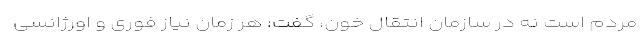
مردم است نه در سازمان انتقال خون، گفت: هر زمان نیاز فوری و اورژانسی